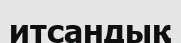
итсандық